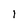
Character: 1